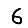
Digit: 6